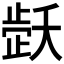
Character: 𬆇